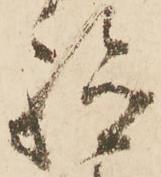
驗